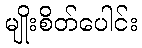
မျိုးစိတ်ပေါင်း